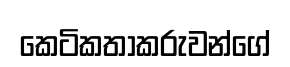
කෙටිකතාකරුවන්ගේ